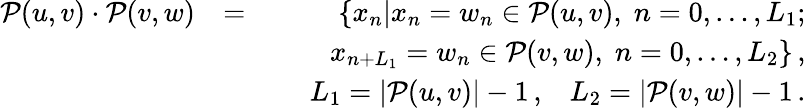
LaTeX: \begin{array}{rlr}{\mathcal{P}(u,v)\cdot\mathcal{P}(v,w)}&{=}&{\{ x_{n}|x_{n}=w_{n}\in\mathcal{P}(u,v),\; n=0,\ldots,L_{1};}\\ &{}&{\qquad x_{n+L_{1}}=w_{n}\in\mathcal{P}(v,w),\; n=0,\ldots,L_{2}\} \, ,}\\ &{}&{\quad L_{1}=|\mathcal{P}(u,v)|-1\, ,\; \; \; L_{2}=|\mathcal{P}(v,w)|-1\, .}\end{array}